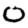
Digit: 0